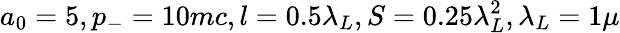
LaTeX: a_{0}=5,p_{-}=10mc,l=0.5\lambda_{L},S=0.25\lambda_{L}^{2},\lambda_{L}=1\mu